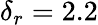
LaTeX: \delta_{r}=2.2